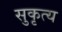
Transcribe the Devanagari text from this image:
सुकृत्य